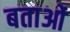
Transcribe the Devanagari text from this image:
बताओं